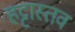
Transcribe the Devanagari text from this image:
हट्टास्तव